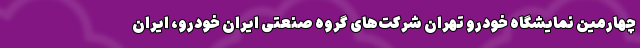
چهارمین نمایشگاه خودرو تهران شرکت‌های گروه صنعتی ایران خودرو، ایران